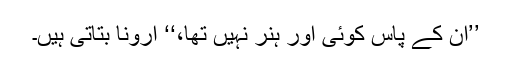
’’ان کے پاس کوئی اور ہنر نہیں تھا،‘‘ ارونا بتاتی ہیں۔